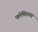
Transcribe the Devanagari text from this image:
फ्लेमिंगच्या